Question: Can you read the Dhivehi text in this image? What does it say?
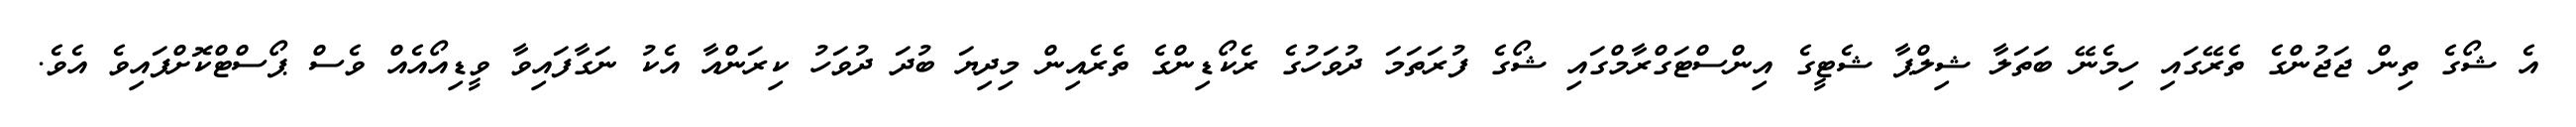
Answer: އެ ޝޯގެ ތިން ޖަޖުންގެ ތެރޭގައި ހިމެނޭ ބަތަލާ ޝިލްޕާ ޝެޓީގެ އިންސްޓަގްރާމްގައި ޝޯގެ ފުރަތަމަ ދުވަހުގެ ރެކޯޑިންގެ ތެރެއިން މިދިޔަ ބުދަ ދުވަހު ކިރަންއާ އެކު ނަގާފައިވާ ވީޑިއޯއެއް ވެސް ޕޯސްޓްކޮށްފައިވެ އެވެ.